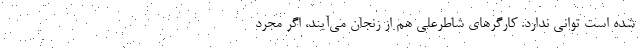
شده است تواني ندارد. كارگرهاي شاطرعلي هم از زنجان مي‌آيند، اگر مجرد